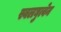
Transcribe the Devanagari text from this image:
स्वलघुत्वेन